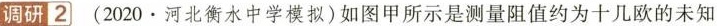
调研2 (2020·河北衡水中学模拟)如图甲所示是测量阻值约为十几欧的未知